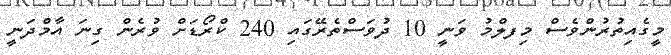
މީގެއިތުރުންވެސް މިފލްމު ވަނީ 10 ދުވަސްތެރޭގައި 240 ކްރޯޑަށް ވުރެން ގިނަ އާމްދަނީ